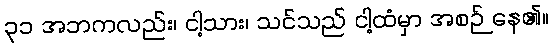
၃၁ အဘကလည်း၊ ငါ့သား၊ သင်သည် ငါ့ထံမှာ အစဉ် နေ၏။